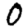
Digit: 0